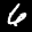
Label: 6